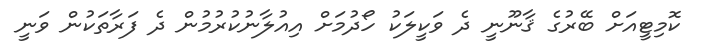
ކޮމިޓީއަށް ބޭރުގެ ޤާނޫނީ ދެ ވަކީލަކު ހޯދުމަށް އިއުލާނުކުރުމުން ދެ ފަރާތަކުން ވަނީ